Leaving Certificate Examination (including Day School Certificate (Higher) General paper), 1930
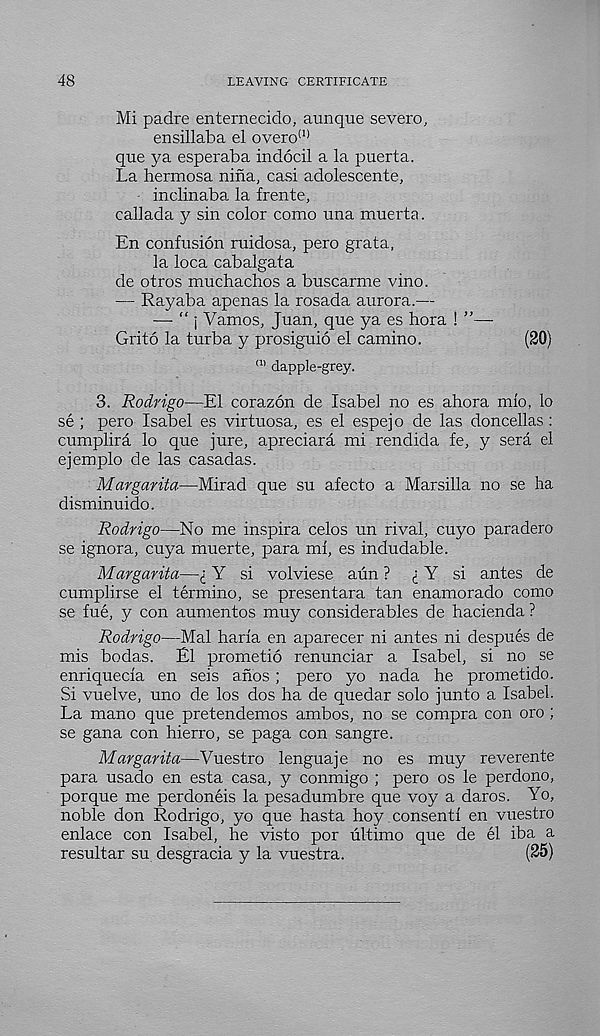
48
LEAVING CERTIFICATE
Mi padre enternecido, aunque severe,
ensillaba el overo (1)
que ya esperaba indocil a la puerta.
La hermosa nina, casi adolescente,
inclinaba la frente,
eallada y sin color como una muerta.
En confusion ruidosa, pero grata,
la loca cabalgata
de otros muchachos a buscarme vino.
— Rayaba apenas la rosada aurora.—
— “ j Vamos, Juan, que ya es bora ! ”—
Grito la turba y prosiguio el camino.
(20)
H) dapple-grey.
3. Rodrigo—El corazon de Isabel no es ahora mio, lo
se ; pero Isabel es virtuosa, es el espejo de las doncellas :
cumplira lo que jure, apreciara mi rendida fe, y sera el
ejemplo de las casadas.
Margarita—Mirad que su afecto a Marsilla no se ha
disminuido.
Rodrigo—No me inspira celos un rival, cuyo paradero
se ignora, cuya muerte, para mi, es indudable.
Margarita—£ Y si volviese aun ? i Y si antes de
cumplirse el termino, se presentara tan enamorado como
se fue, y con aumentos muy considerables de hacienda ?
Rodrigo—Mai haria en aparecer ni antes ni despues de
mis bodas. El prometio renunciar a Isabel, si no se
enriquecia en seis anos; pero yo nada he prometido.
Si vuelve, uno de los dos ha de quedar solo junto a Isabel.
La mano que pretendemos ambos, no se compra con oro ;
se gana con hierro, se paga con sangre.
Margarita—Vuestro lenguaje no es muy reverente
para usado en esta casa, y conmigo ; pero os le perdono,
porque me perdoneis la pesadumbre que voy a daros. Yo,
noble don Rodrigo, yo que hasta hoy consent! en vuestro
enlace con Isabel, he visto por ultimo que de el iba a
resultar su desgracia y la vuestra.
(25)